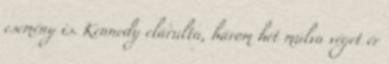
esemény is. Kennedy elárulta, három hét múlva véget ér